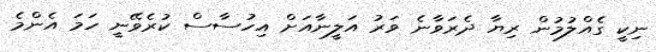
ނިކީ ގެއްލުމުން ރިޔާ ދެރަވާނެ ވަރު އަލީނާއަށް އިހުސާސް ކުރެވޭނީ ހަމަ އެންމެ